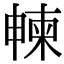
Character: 朄